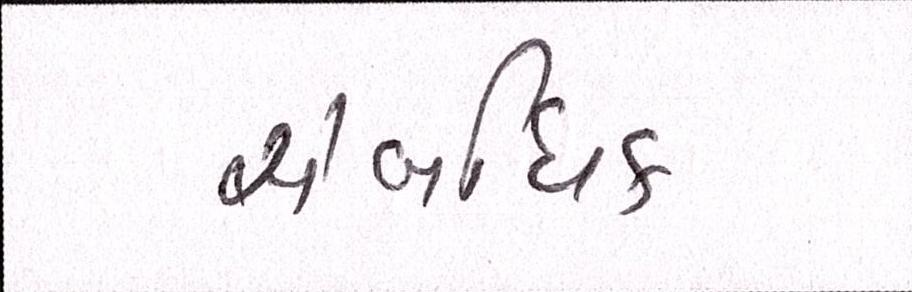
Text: સંબંધિક